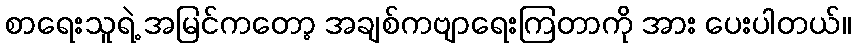
စာရေးသူရဲ့ အမြင်ကတော့ အချစ်ကဗျာရေးကြတာကို အား ပေးပါတယ်။